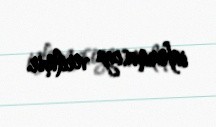
informasiya verilmir.